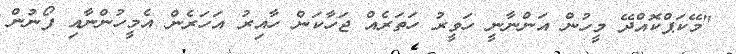
"މޭކަޕްކޮއްދޭ މީހުން އަންނާނީ ހަވީރު ހަތަރެއް ޖަހާކަން ހާއިރު އަހަރެން އެމީހުންނާއި ފޯނުން